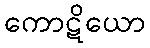
ကောဋိယော